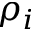
\rho _ { i }